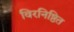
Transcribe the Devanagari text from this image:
विरनिष्ठित